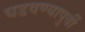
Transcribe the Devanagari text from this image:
घडवण्यापुर्वी